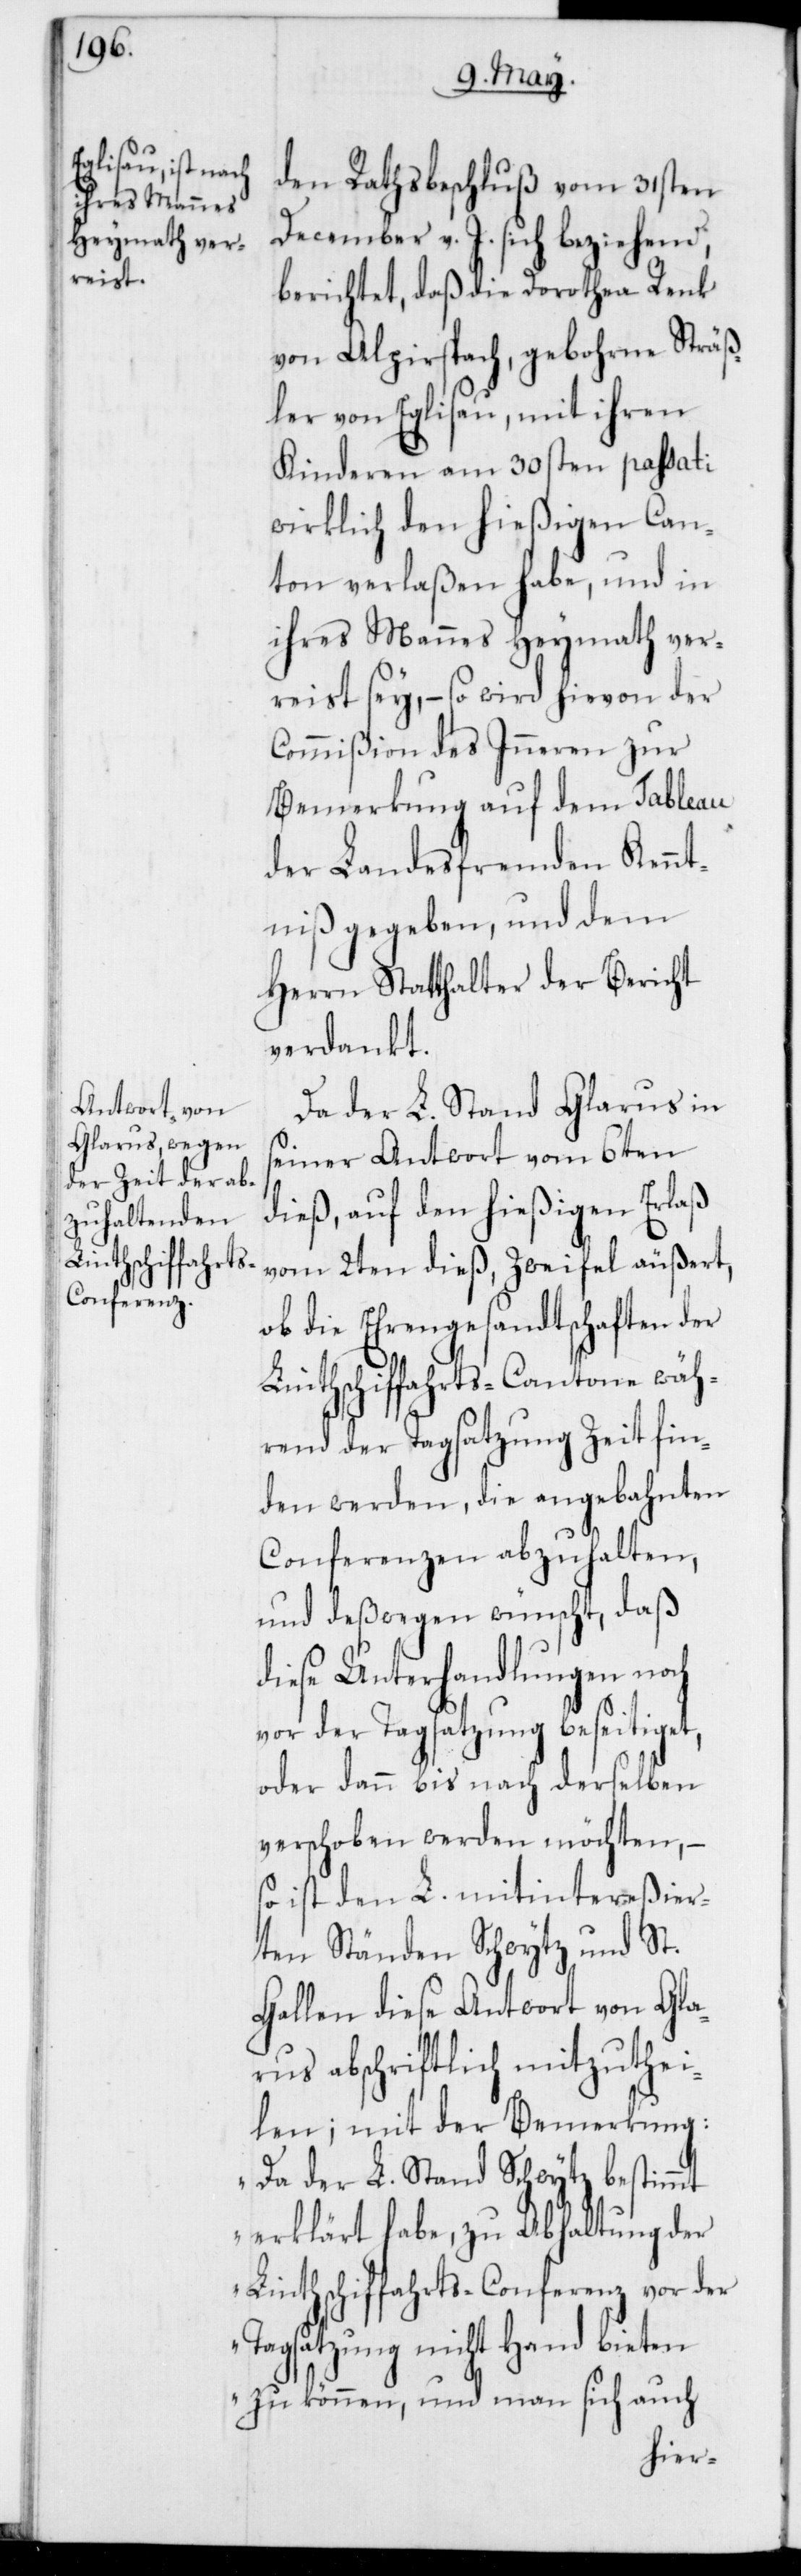
den Rathsbeschluß vom 31sten
December v. J. sich beziehend,
berichtet, daß die Dorothea Renk
von Alpirspach, gebohrne Sträß¬
ler von Eglisau, mit ihren
Kinderen am 30sten passati
wirklich den hießigen Can¬
ton verlaßen habe, und in
ihres Mannes Heymath ver¬
reist sey, – so wird hievon der
Commißion des Inneren zur
Bemerkung auf dem Tableau
der Landesfremden Kennt¬
niß gegeben, und dem
Herrn Statthalter der Bericht
verdankt.
Da der L. Stand Glarus in
seiner Antwort vom 6ten
dieß, auf den hießigen Erlaß
vom 2ten dieß, Zweifel äußert,
ob die Ehrengesandtschaften der
Linthschiffahrts-Cantone wäh¬
rend der Tagsatzung Zeit fin¬
den werden, die angebahnten
Conferenzen abzuhalten,
und deßwegen wünscht, daß
diese Unterhandlungen noch
vor der Tagsatzung beseitiget,
oder dann bis nach derselben
verschoben werden möchten, –
so ist den L. mitintereßier¬
ten Ständen Schwytz und St.
Gallen diese Antwort von Gla¬
rus abschriftlich mitzuthei¬
len; mit der Bemerkung:
„Da der L. Stand Schwytz bestimmt
erklärt habe, zu Abhaltung der
Linthschiffahrts-Conferenz vor der
Tagsatzung nicht Hand bieten
zu können, und man sich auch